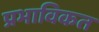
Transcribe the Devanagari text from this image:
प्रभाविकत